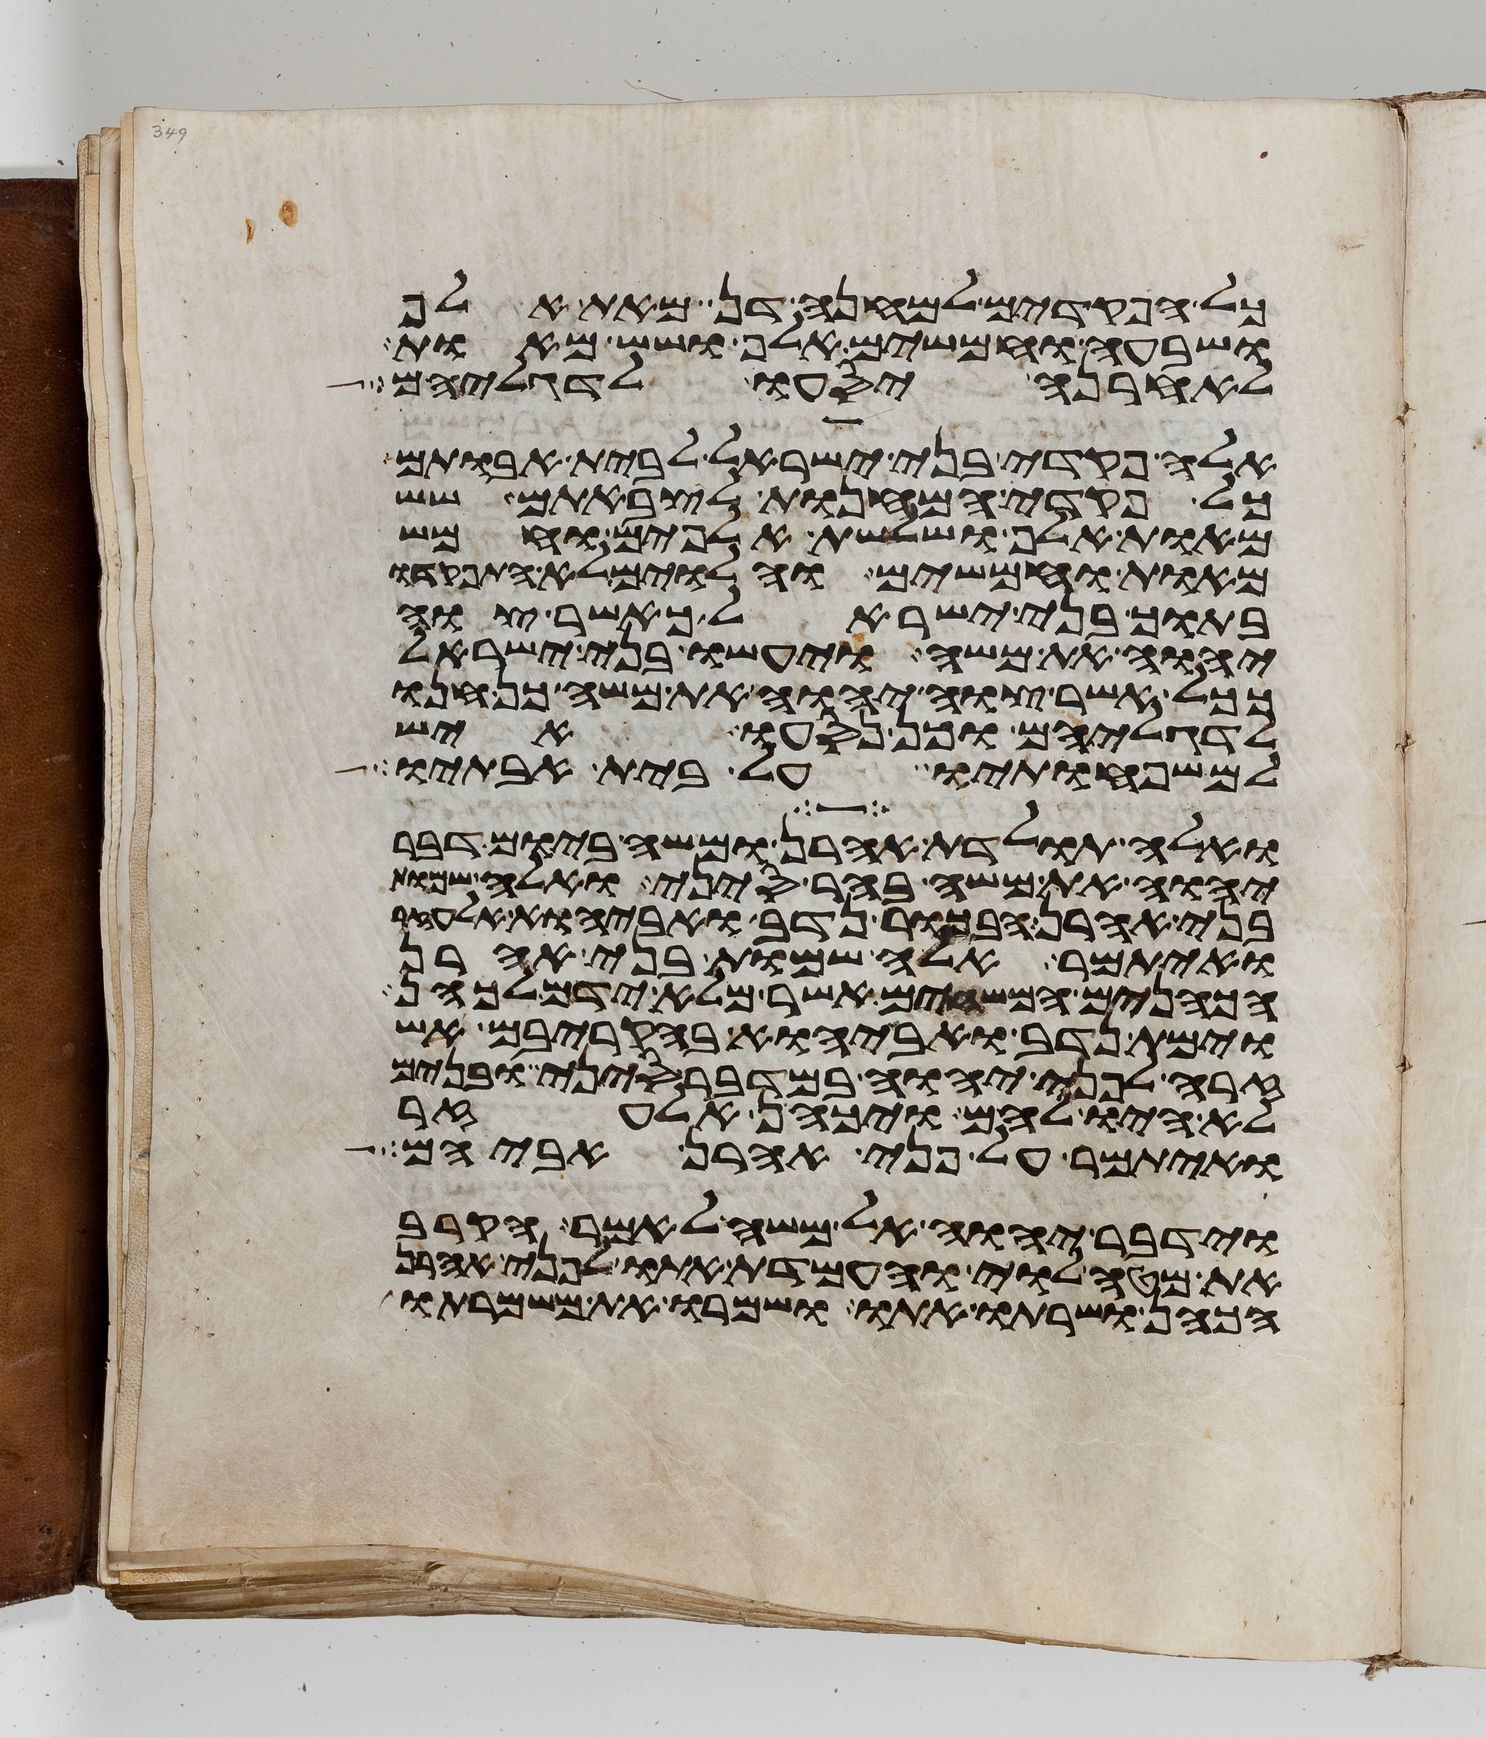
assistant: כל הפקדים למחנה דן מאת אלף
ושבעה וחמשים אלף ושש מאות
לאחרנה יסעו לדגליהם
אלה פקדי בני ישראל לבית אבותם
כל פקדי המחנות לצבאתם שש
מאות אלף ושלשת אלפים וחמש
מאות וחמשים והלוים לא התפקדו
בתוך בני ישראל כאשר צוה
יהוה את משה ויעשו בני ישראל
ככל אשר צוה יהוה את משה כן חנו
לדגליהם וכן נסעו איש
למשפחותיו על בית אבותיו
ואלה תולדת אהרן ומשה ביום דבר
יהוה את משה בהר סיני ואלה שמות
בני אהרן הבכור נדב ואביהוא אלעזר
ואיתמר אלה שמות בני אהרן
הכהנים המשחים אשר מלא ידם לכהן
וימת נדב ואביהוא בהקריבם אש
זרה לפני יהוה במדבר סיני ובנים
לא היו להם ויכהן אלעזר
ואיתמר על פני אהרן אביהם
וידבר יהוה אל משה לאמר הקרב
את מטה לוי והעמדת אתו לפני אהרן
הכהן ושרתו אתו ושמרו את משמרתו